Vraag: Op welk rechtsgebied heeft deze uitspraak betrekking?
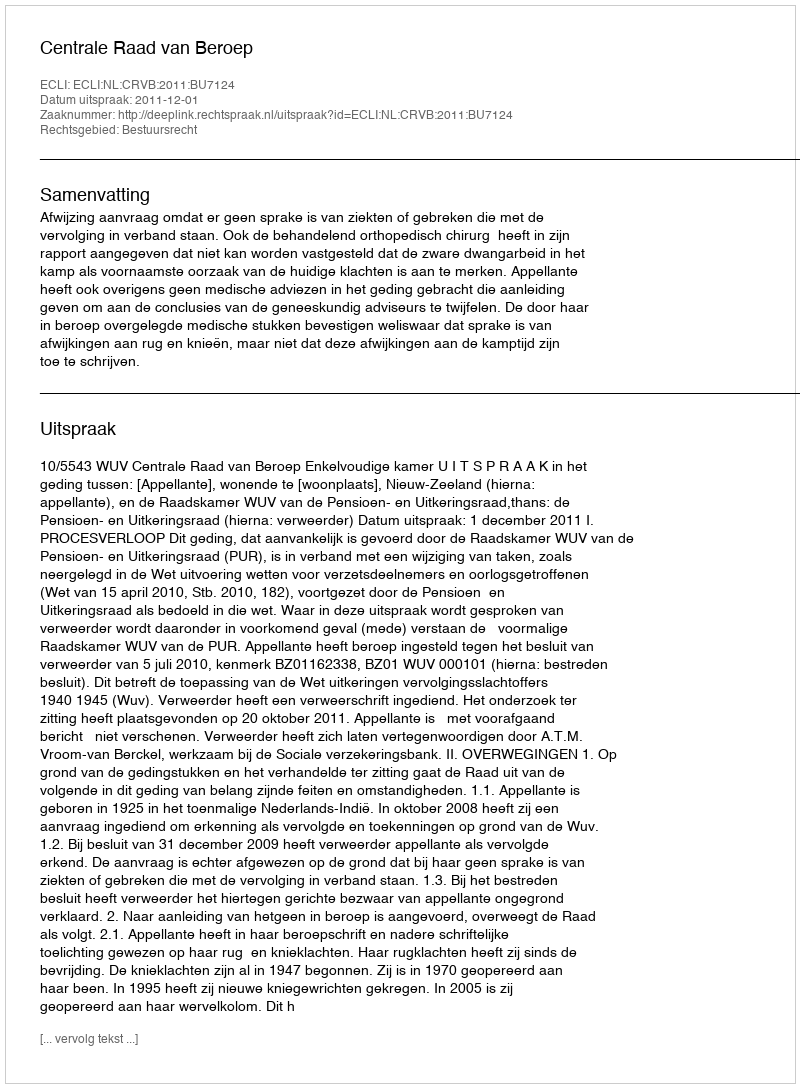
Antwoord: Bestuursrecht